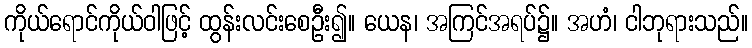
ကိုယ်ရောင်ကိုယ်ဝါဖြင့် ထွန်းလင်းစေဦး၍။ ယေန၊ အကြင်အရပ်၌။ အဟံ၊ ငါဘုရားသည်။